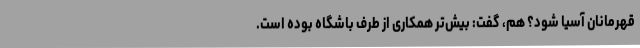
قهرمانان آسیا شود؟ هم، گفت: بیش‌تر همکاری از طرف باشگاه بوده است.